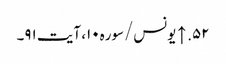
۵۲. ↑ یونس/سوره۱۰، آیت ۹۱۔